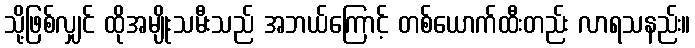
သို့ဖြစ်လျှင် ထိုအမျိုးသမီးသည် အဘယ်ကြောင့် တစ်ယောက်ထီးတည်း လာရသနည်း။